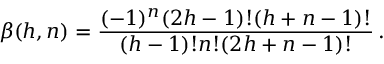
\beta ( h , n ) = { \frac { ( - 1 ) ^ { n } ( 2 h - 1 ) ! ( h + n - 1 ) ! } { ( h - 1 ) ! n ! ( 2 h + n - 1 ) ! } } \, .